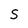
Character: S